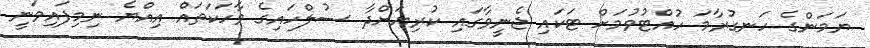
ޔަމަންގެ ހަނގުރާމަ ހުއްޓުވުމަށް ޓަކައި ޖެނީވާގައި ކުރިޔަށްދާ ސުލްހައިގެ ވާހަކަތައް އިއްޔެ ނިމިފައިވަނީ